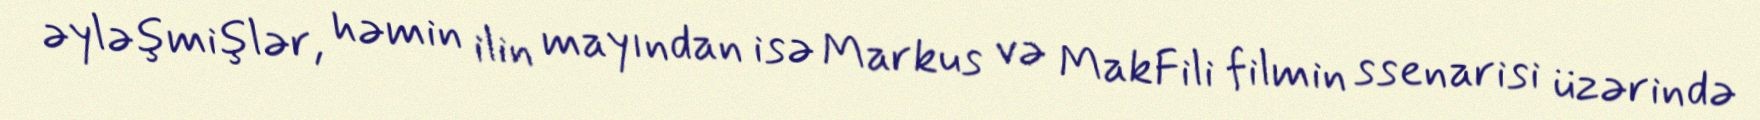
əyləşmişlər, həmin ilin mayından isə Markus və MakFili filmin ssenarisi üzərində